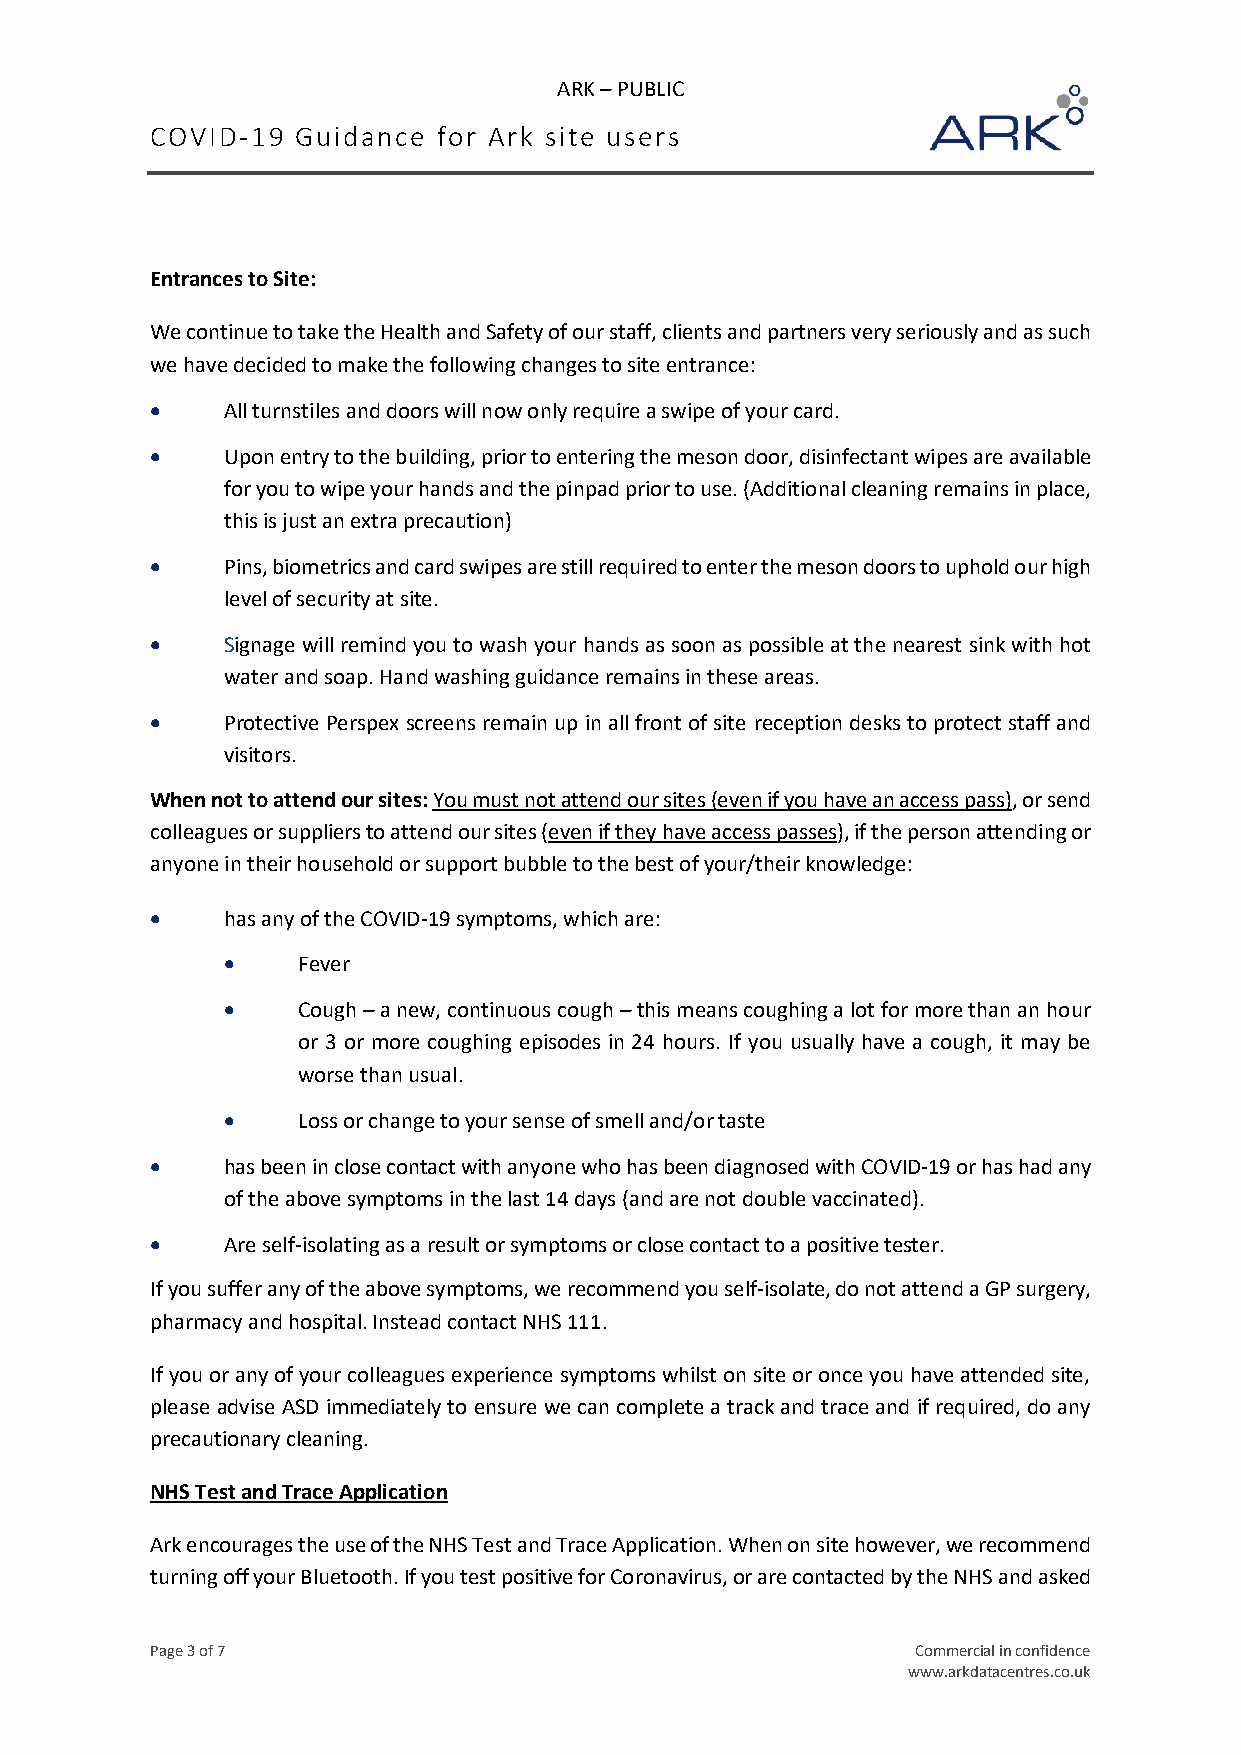
ARK – PUBLIC
 COVID-19  Guidance for Ark site users
 Entrances to Site:
 We continue to take the Health and Safety of our staff, clients and partners very seriously and as such
 we have decided to make the following changes to site entrance:
 •    All turnstiles and doors will now only require a swipe of your card.
 •    Upon entry to the building, prior to entering the meson door, disinfectant wipes are available
 for you to wipe your hands and the pinpad prior to use. (Additional cleaning remains in place,
 this is just an extra precaution)
 •    Pins, biometrics and card swipes are still required to enter the meson doors to uphold our high
 level of security at site.
 •    Signage will remind you to wash your hands as soon as possible at the nearest sink with hot
 water and soap. Hand washing guidance remains in these areas.
 •    Protective Perspex screens remain up in all front of site reception desks to protect staff and
 visitors.
 When not to attend our sites: You must not attend our sites (even if you have an access pass), or send
 colleagues or suppliers to attend our sites (even if they have access passes), if the person attending or
 anyone in their household or support bubble to the best of your/their knowledge:
 •    has any of the COVID-19 symptoms, which are:
 •    Fever
 •    Cough – a new, continuous cough – this means coughing a lot for more than an hour
 or 3 or more coughing episodes in 24 hours. If you usually have a cough, it may be
 worse than usual.
 •    Loss or change to your sense of smell and/or taste
 •    has been in close contact with anyone who has been diagnosed with COVID-19 or has had any
 of the above symptoms in the last 14 days (and are not double vaccinated).
 •    Are self-isolating as a result or symptoms or close contact to a positive tester.
 If you suffer any of the above symptoms, we recommend you self-isolate, do not attend a GP surgery,
 pharmacy and hospital. Instead contact NHS 111.
 If you or any of your colleagues experience symptoms whilst on site or once you have attended site,
 please advise ASD immediately to ensure we can complete a track and trace and if required, do any
 precautionary cleaning.
 NHS Test and Trace Application
 Ark encourages the use of the NHS Test and Trace Application. When on site however, we recommend
 turning off your Bluetooth. If you test positive for Coronavirus, or are contacted by the NHS and asked
 Page 3 of 7                                        Commercial in confidence
 www.arkdatacentres.co.uk